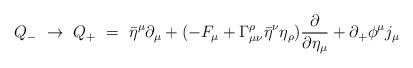
LaTeX: \begin{align*}Q_- ~\to ~ Q_+ ~=~ \bar\eta^\mu \partial_\mu + ( -F_\mu +\Gamma^\rho_{\mu\nu} \bar\eta^\nu\eta_\rho ) {\partial \over \partial \eta_\mu } + \partial_+\phi^\mu j_\mu\end{align*}